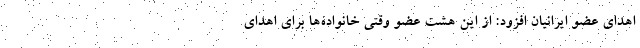
اهدای عضو ایرانیان افزود: از این هشت عضو وقتی خانواده‌ها برای اهدای